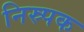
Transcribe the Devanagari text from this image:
निस्र्पक